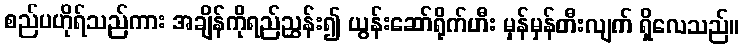
စည်ပဟိုရ်သည်ကား အချိန်ကိုရည်ညွှန်း၍ ယွန်းဆော်ရိုက်ဟီး မှန်မှန်တီးလျက် ရှိလေသည်။